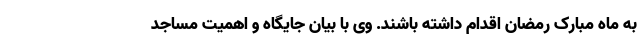
به ماه مبارک رمضان اقدام داشته باشند. وی با بیان جایگاه و اهمیت مساجد